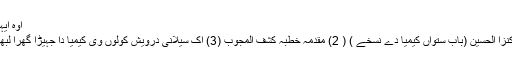
اوہ ایہہ نیں
(1) کنزا الحسین (باب ستواں کیمیا دے نسخے ) ( 2) مقدمہ خطبہ کشف المجوب (3) اک سیلانی درویش کولوں وی کیمیا دا جہیڑا گھرا لبھا اے۔